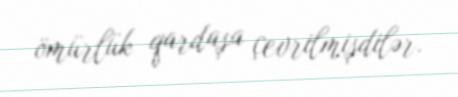
ömürlük qardaşa çevrilmişdilər.